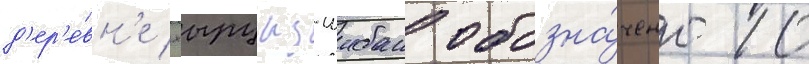
д'ер'е́вн'е хырцыз-шибан обозна́чено 10